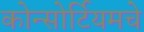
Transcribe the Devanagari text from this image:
कोन्सोर्टियमचे